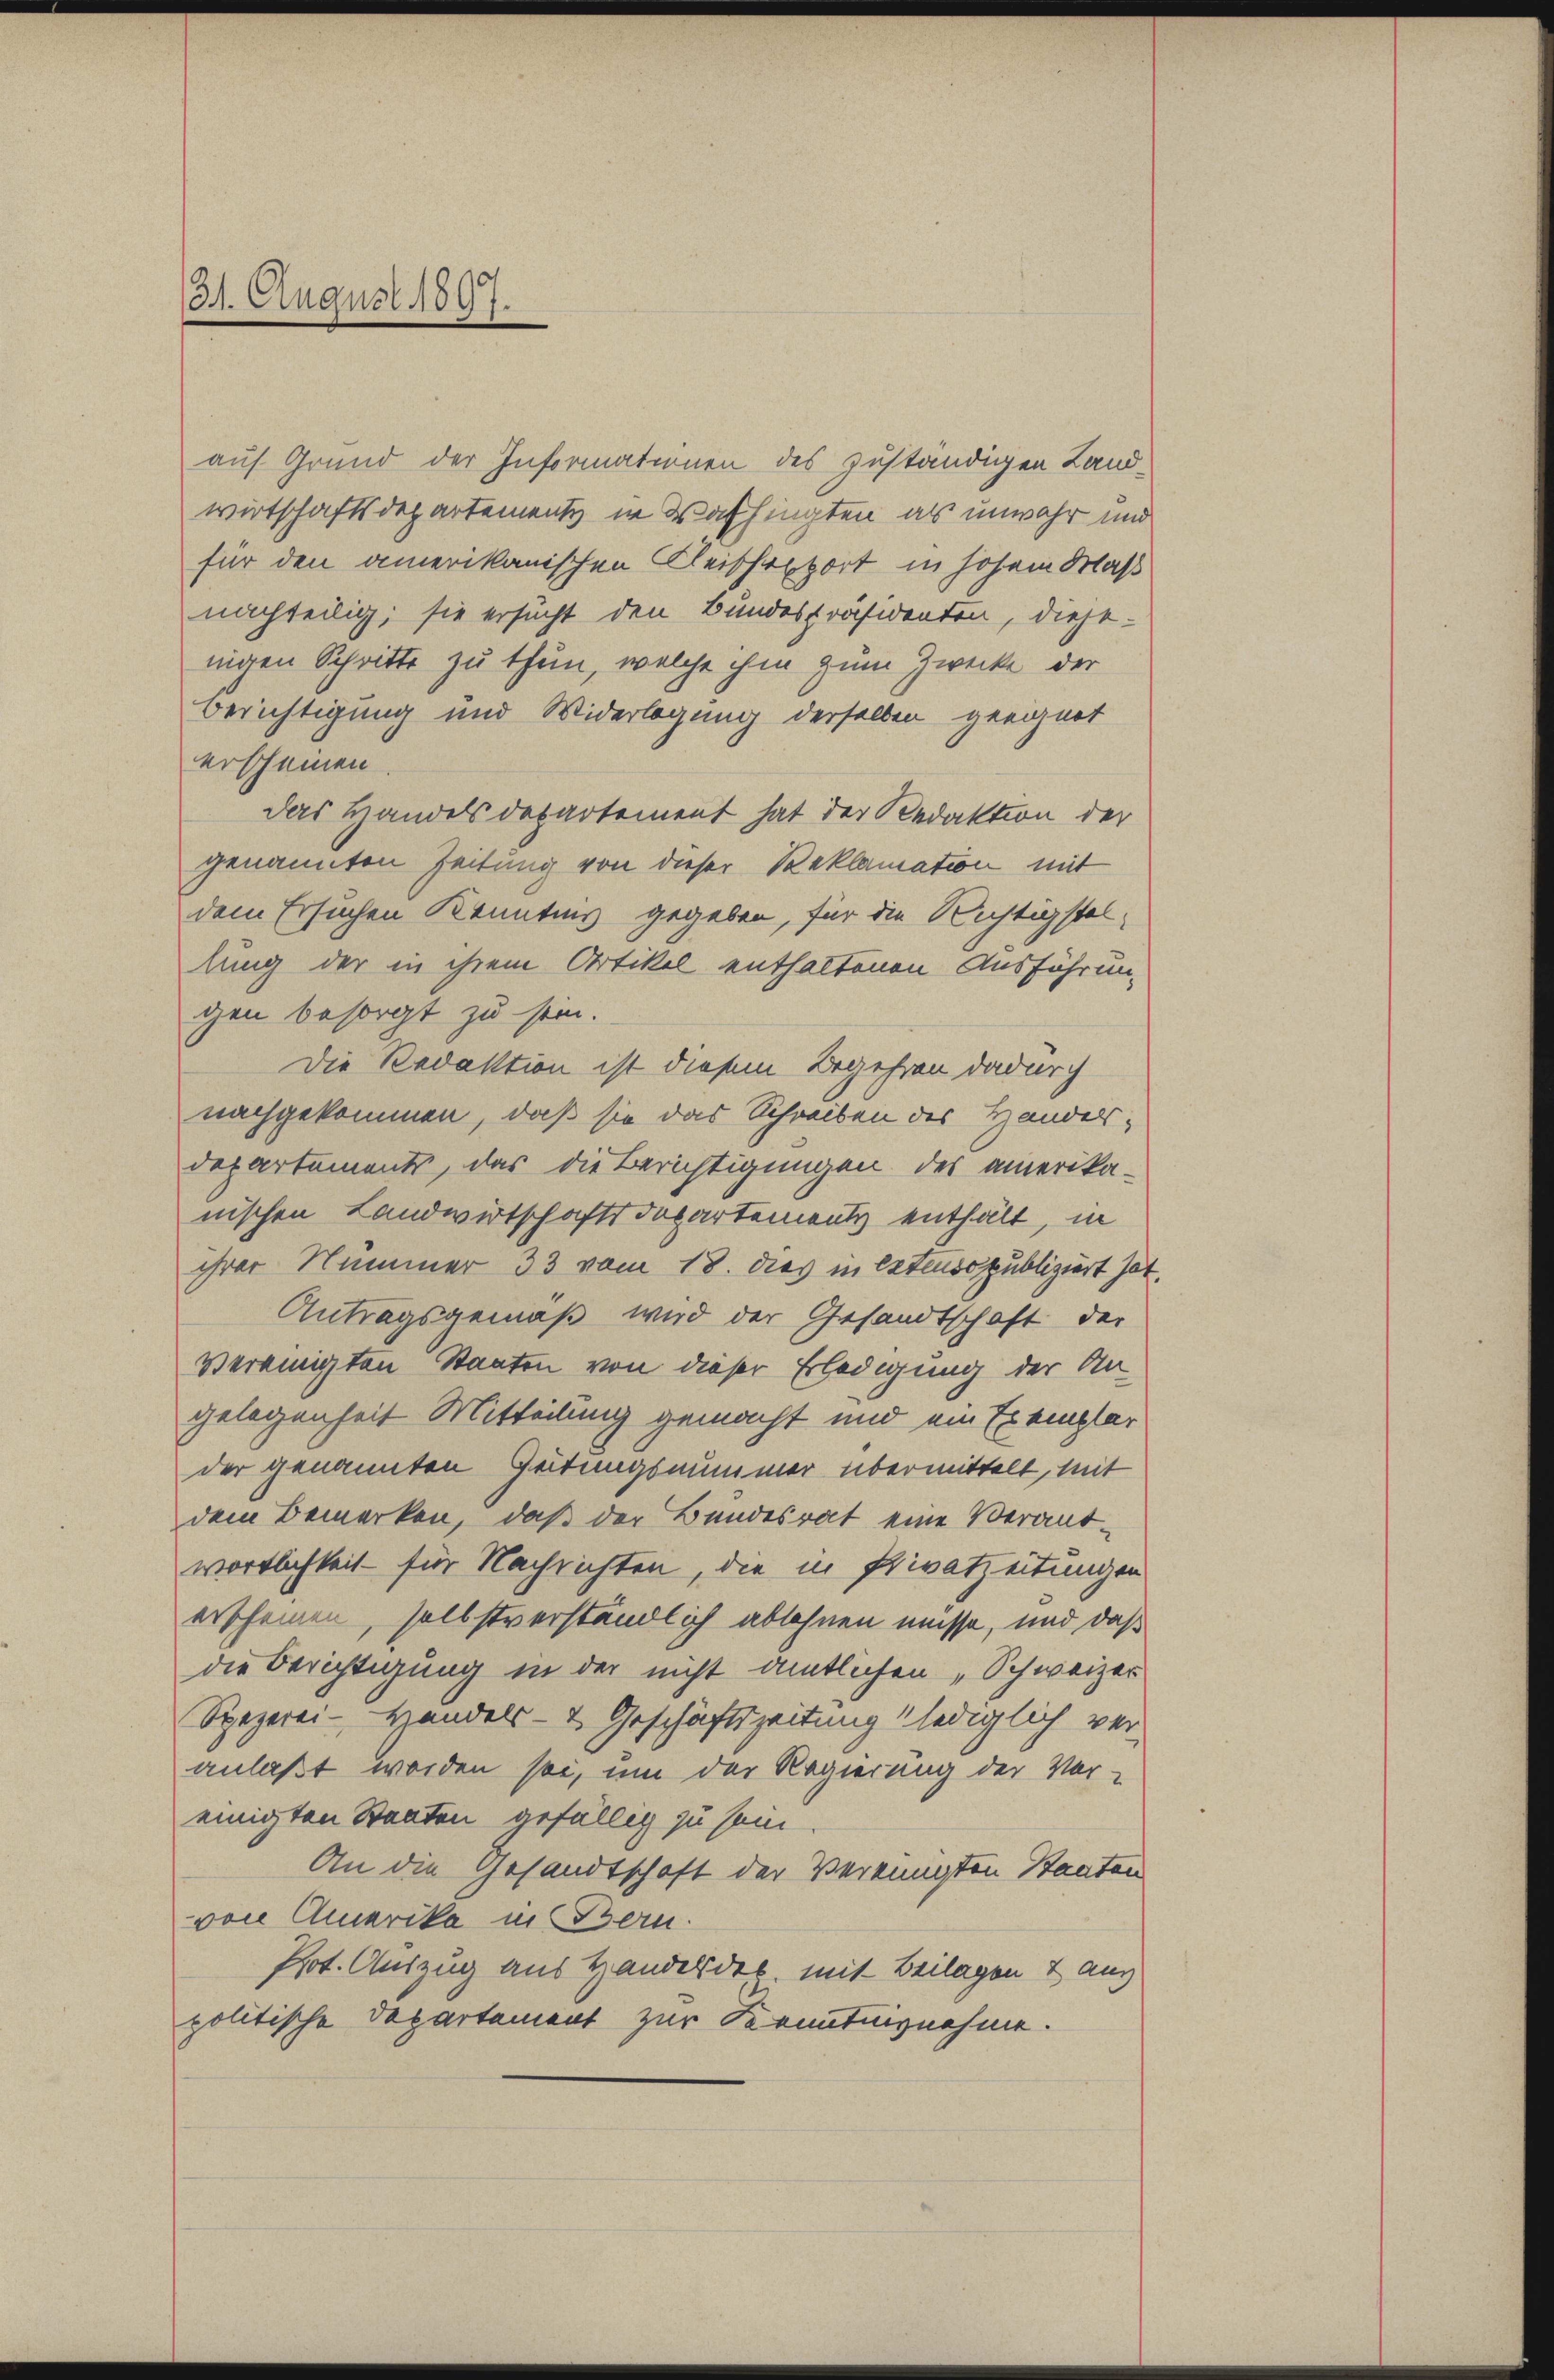
31. August 1897.

auf Grund der Informationen des zuständigen Landwirtschaftsdepartements in Washingten als unwahr und
für den amerikanischen Fleischerport in hohem Maß
nachteilig; sie ersucht den Bundespräsidenten, diesenigen Schritte zu thun, welche ihm zum Zwecke der
Berichtigung und Widerlegung derselben geeignet
erscheinen
das Handels departement hat der Redaktion der
genannten Zeitung von dieser Reklamation mit
dem Ersuchen Kenntnis gegeben, für die Richtigstellung der in ihrem Artikel enthaltenen Ausführung
gen besorgt zu sein.
Die Redaktion ist diesem Begehren dadurch
nachgekommen, daß sie das Schreiben des Handelsdepartements, das die Berichtigungen des amerika-
nischen Landwirtschaftsdepartements enthält, in
ihrer Nummer 33 vom 18. dies in Extenso publiziert hat.
Antragsgemäß wird der Gesandtschaft der
vereinigten Staaten von dieser Erledigung der An-
gelegenheit Mitteilung gemacht und ein Exemplar
der genannten Gütungsnummer übermittelt, mit
dem Bemerken, daß der Bundesrat eine Verantwortlichkeit - für Nachrichten, die in Privatzeitungen
erscheinen, selbstverständlich ablehnen müsse, und daß
die Berichtigung in der nicht amtlichen „Schweizer
Spezerei- Handels- & Geschäftszeitung lediglich ver-
anlaßt worden sei, um der Regierung der Vor-
einigten Staaten gefällig zu sein
An die Gesandtschaft der Vereinigten Staaten
von Amerika in Bern.
Prot. Auszug aus Handeldet, mit Beilagen & aus
politische Departement zur Kenntnisnehme.